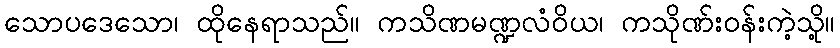
သောပဒေသော၊ ထိုနေရာသည်။ ကသိဏမဏ္ဍလံဝိယ၊ ကသိုဏ်းဝန်းကဲ့သို့။